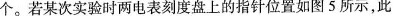
个。若某次实验时两电表刻度盘上的指针位置如图5所示，此